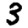
Digit: 3